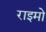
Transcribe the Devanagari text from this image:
राइमो